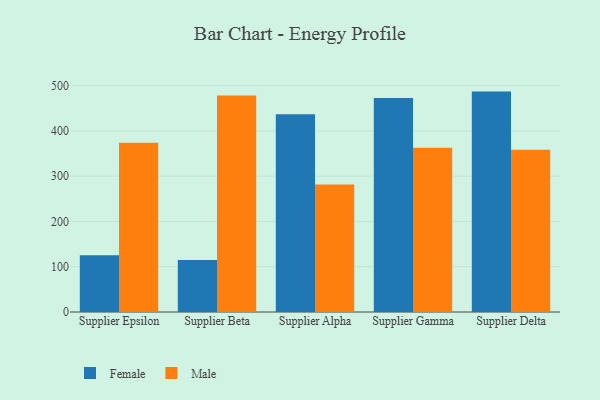
{"axis": {"x": "Supplier", "y": "Market Share (%)"}, "legend": ["Female", "Male"], "data": [{"x": "Supplier Epsilon", "y": 125.4, "type": "Female"}, {"x": "Supplier Epsilon", "y": 373.9, "type": "Male"}, {"x": "Supplier Beta", "y": 114.8, "type": "Female"}, {"x": "Supplier Beta", "y": 478.1, "type": "Male"}, {"x": "Supplier Alpha", "y": 437.0, "type": "Female"}, {"x": "Supplier Alpha", "y": 281.5, "type": "Male"}, {"x": "Supplier Gamma", "y": 472.9, "type": "Female"}, {"x": "Supplier Gamma", "y": 362.9, "type": "Male"}, {"x": "Supplier Delta", "y": 486.8, "type": "Female"}, {"x": "Supplier Delta", "y": 358.2, "type": "Male"}]}